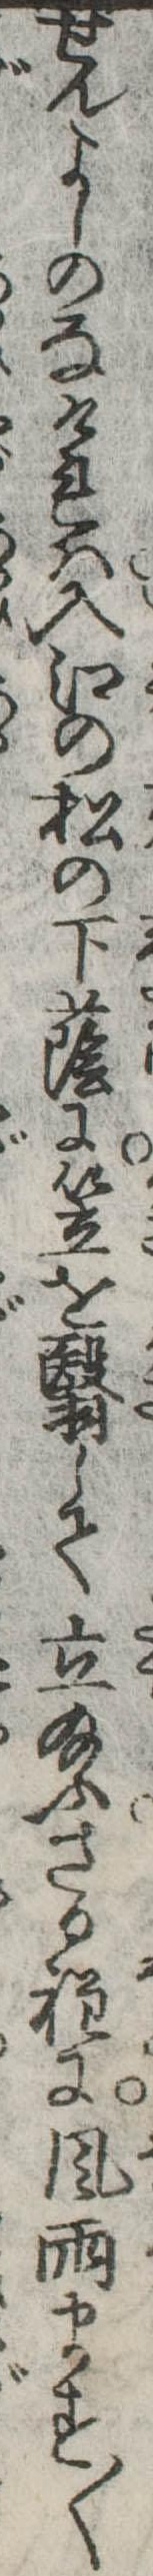
せんよしのなけれは入江の松の下蔭に笠を翳して立給ふさる程に風雨ます〱